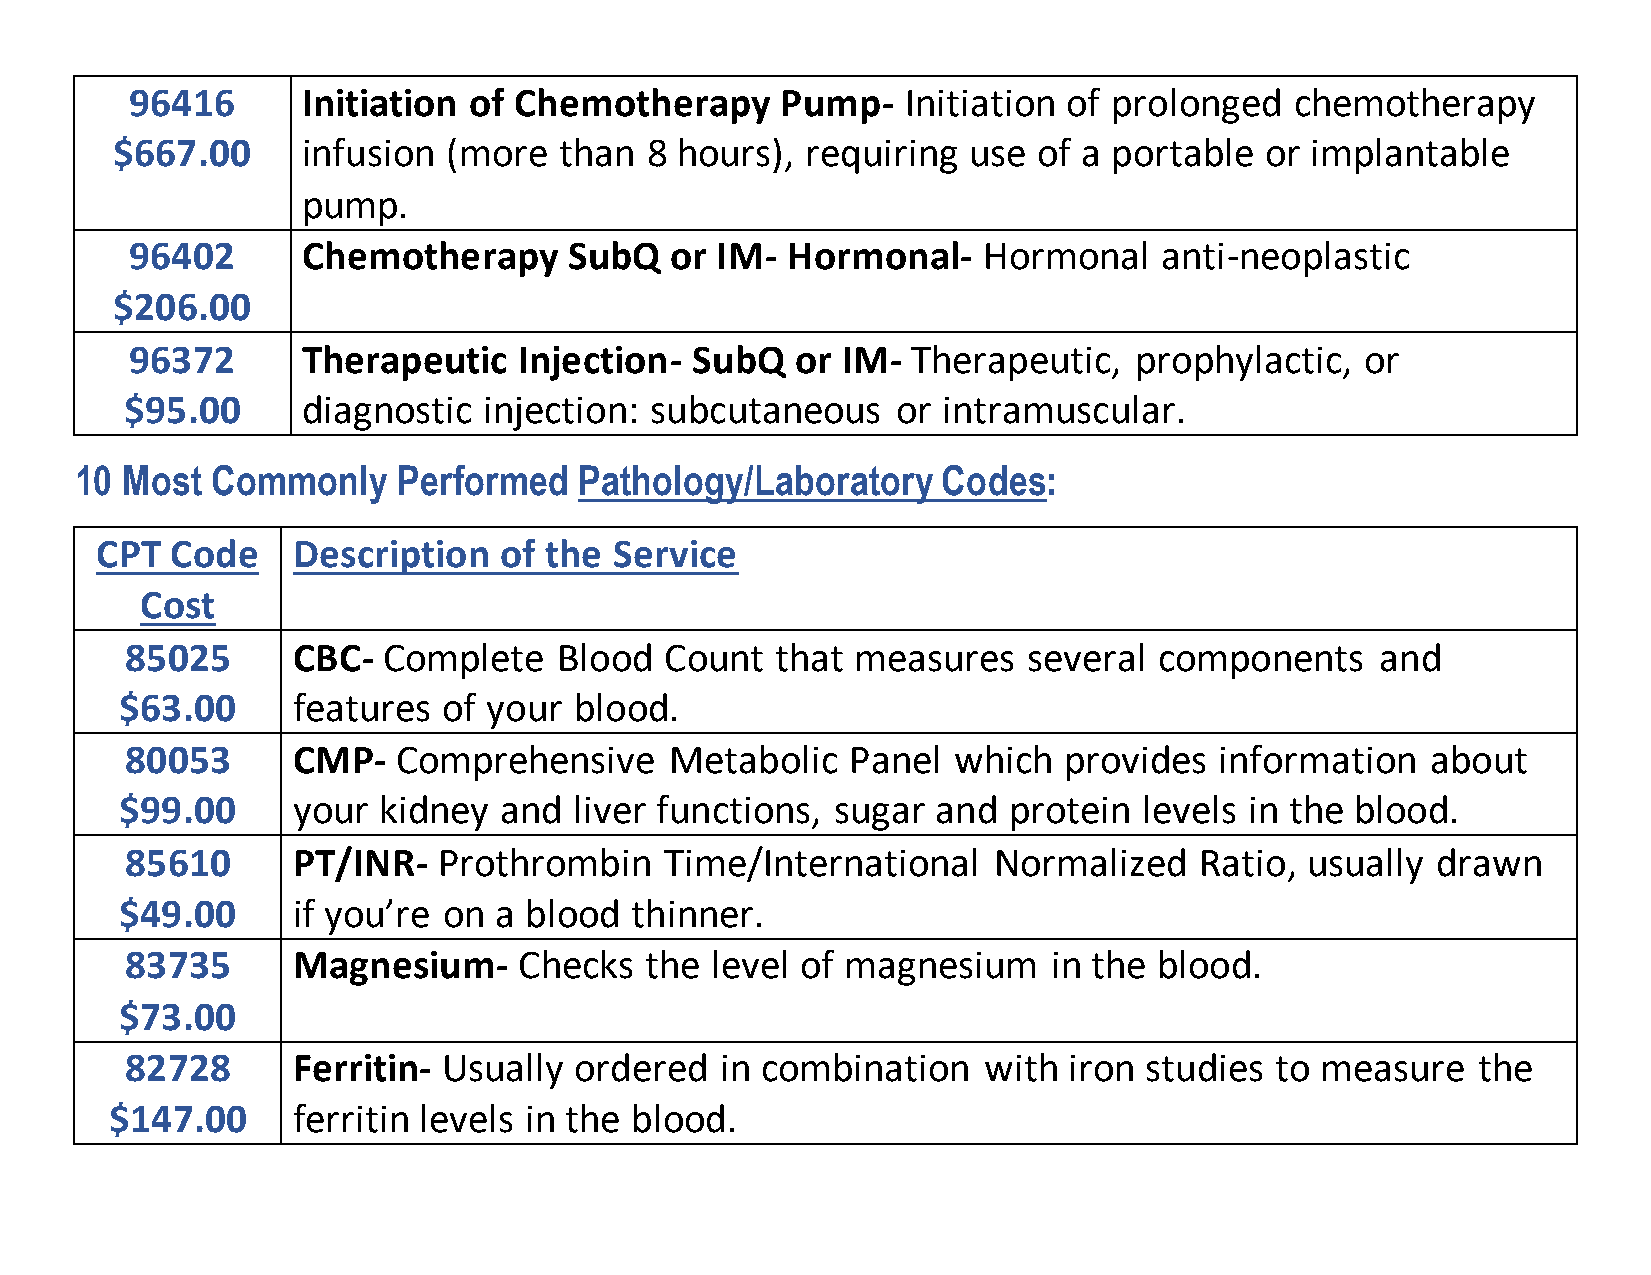
96416      Initiation of Chemotherapy      Pump-   Initiation of prolonged   chemotherapy
 $667.00      infusion  (more  than  8 hours), requiring  use  of a portable  or implantable
 pump.
 96402      Chemotherapy      SubQ  or IM-  Hormonal-    Hormonal    anti-neoplastic
 $206.00
 96372      Therapeutic   Injection-  SubQ   or IM- Therapeutic,   prophylactic,  or
 $95.00      diagnostic  injection: subcutaneous    or intramuscular.
 10 Most  Commonly    Performed   Pathology/Laboratory    Codes:
 CPT  Code    Description   of the  Service
 Cost
 85025      CBC-  Complete    Blood  Count  that  measures   several  components    and
 $63.00     features  of your  blood.
 80053      CMP-   Comprehensive     Metabolic   Panel  which  provides   information   about
 $99.00     your  kidney  and  liver functions, sugar  and  protein  levels in the blood.
 85610      PT/INR-   Prothrombin    Time/International    Normalized   Ratio, usually  drawn
 $49.00     if you’re on  a blood  thinner.
 83735      Magnesium-     Checks   the level of magnesium     in the blood.
 $73.00
 82728      Ferritin- Usually  ordered   in combination   with  iron studies to measure    the
 $147.00     ferritin levels in the blood.